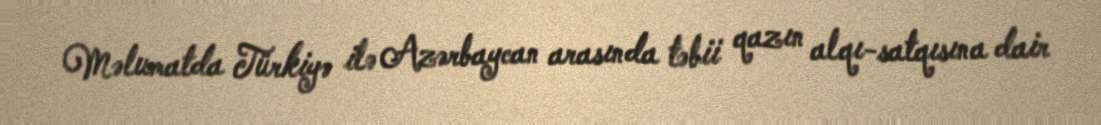
Məlumatda Türkiyə ilə Azərbaycan arasında təbii qazın alqı-satqısına dair